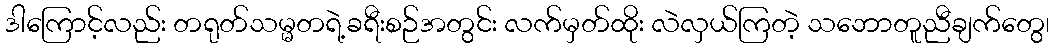
ဒါကြောင့်လည်း တရုတ်သမ္မတရဲ့ခရီးစဉ်အတွင်း လက်မှတ်ထိုး လဲလှယ်ကြတဲ့ သဘောတူညီချက်တွေ၊